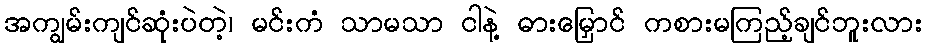
အကျွမ်းကျင်ဆုံးပဲတဲ့၊ မင်းကံ သာမသာ ငါနဲ့ ဓားမြှောင် ကစားမကြည့်ချင်ဘူးလား